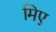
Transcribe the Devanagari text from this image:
मिए